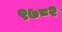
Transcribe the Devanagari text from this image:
९७८२